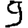
Digit: 9